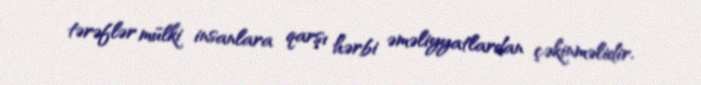
tərəflər mülki insanlara qarşı hərbi əməliyyatlardan çəkinməlidir.